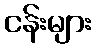
ငန်းများ